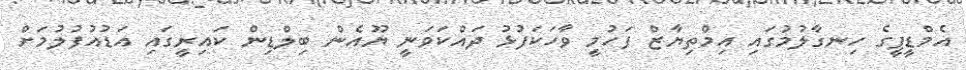
އެމްޑީޕީގެ ހިނގާލުމުގައި އިމްތިޔާޒް ފަހުމީ ވާހަކަފުޅު ދައްކަވަނީ ޔޫއެން ބިލްޑިން ކައިރީގައި އަޑުއުފުލުމަށް